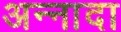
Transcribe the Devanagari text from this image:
अन्नादा